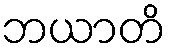
ဘယာတိ